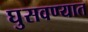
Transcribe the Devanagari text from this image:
घुसवण्यात